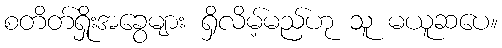
စတိတ်ရှိုးအခွေများ ရှိလိမ့်မည်ဟု သူ မယူဆပေ။